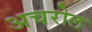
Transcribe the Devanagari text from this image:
अचरोल